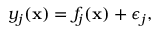
y _ { j } ( \mathbf x ) = f _ { j } ( \mathbf x ) + \epsilon _ { j } ,